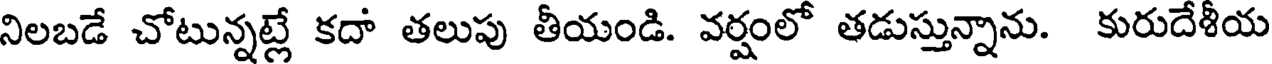
నిలబడే చోటున్నట్లే కదా తలుపు తీయండి. వర్షంలో తడుస్తున్నాను. కురుదేశీయ